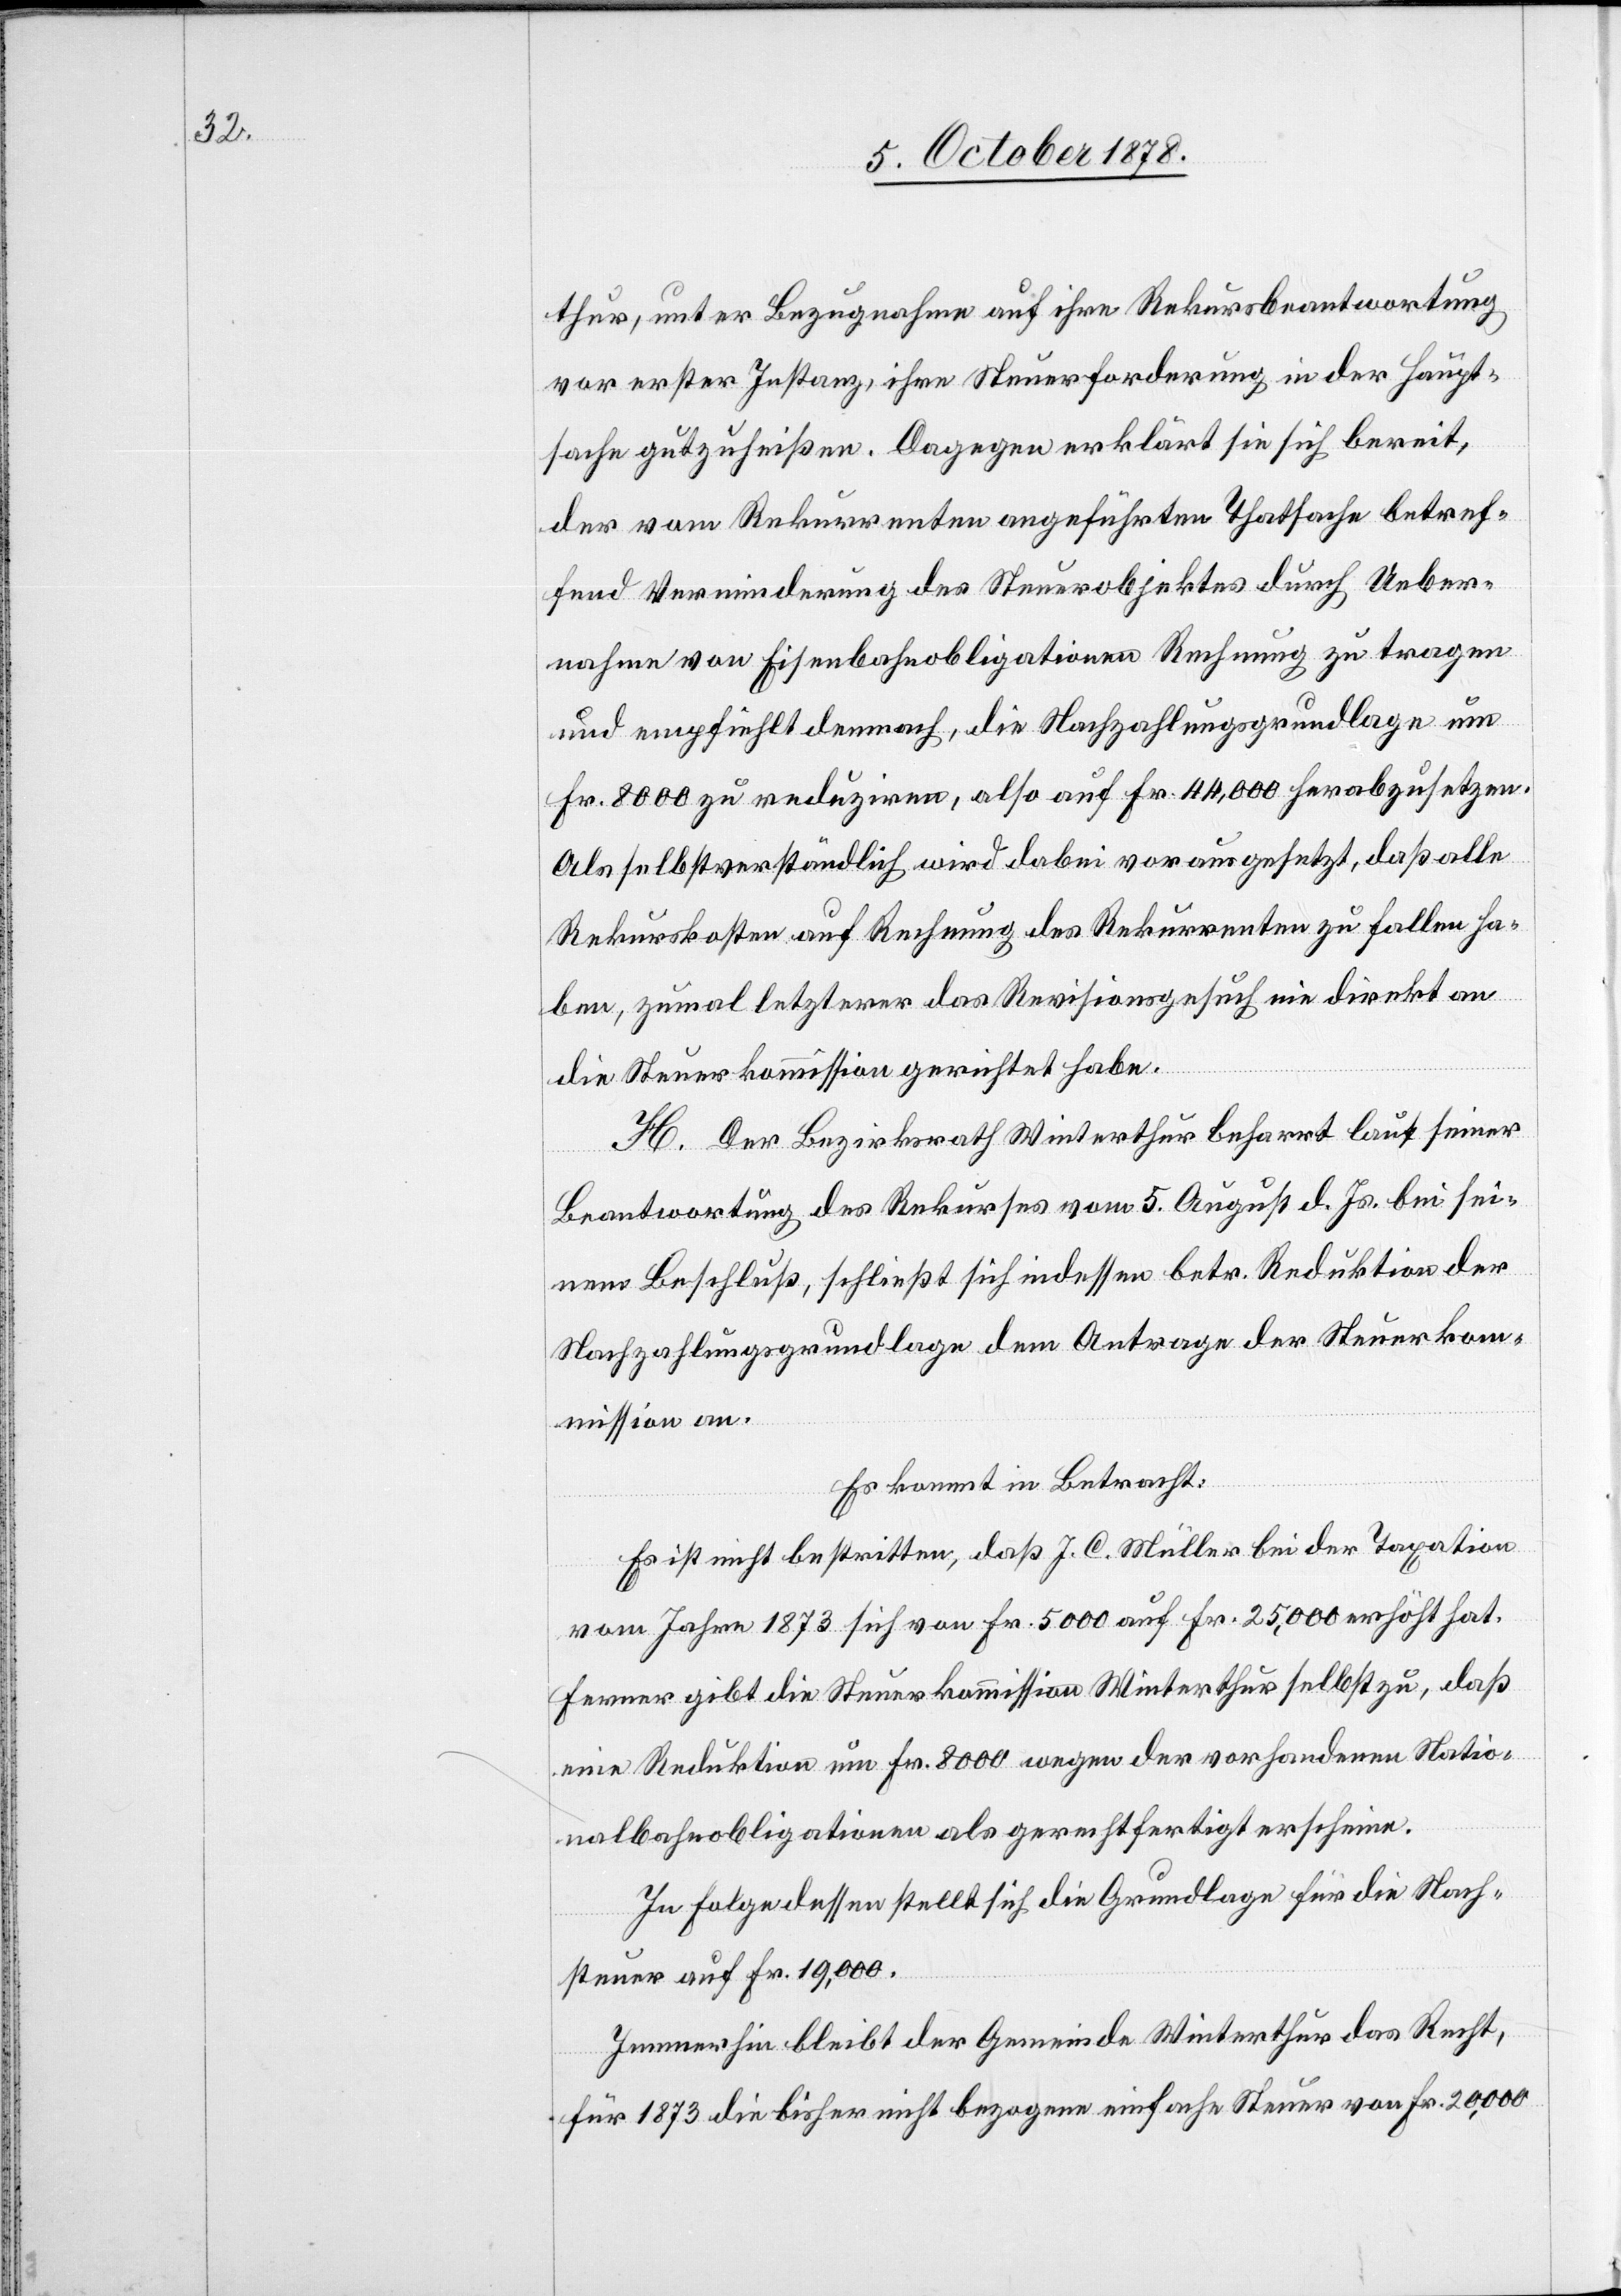
thur, unter Bezugnahme auf ihre Rekursbeantwortung
vor erster Instanz, ihre Steuerforderung in der Haupt¬
sache gutzuheißen. Dagegen erklärt sie sich bereit,
der vom Rekurrenten angeführten Thatsache betref¬
fend Verminderung des Steuerobjektes durch Ueber¬
nahme von Eisenbahnobligationen Rechnung zu tragen
und empfiehlt demnach, die Nachzahlungsgrundlage um
Fr. 8000 zu reduziren, also auf Fr. 44,000 herabzusetzen.
Als selbstverständlich wird dabei vorausgesetzt, daß alle
Rekurskosten auf Rechnung des Rekurrenten zu fallen ha¬
ben, zumal letzterer das Revisionsgesuch nie direkt an
die Steuerkommission gerichtet habe.
H. Der Bezirksrath Winterthur beharrt laut seiner
Beantwortung des Rekurses vom 5. August d. Js. bei sei¬
nem Beschluß, schließt sich indessen betr. Reduktion der
Nachzahlungsgrundlage dem Antrage der Steuerkom¬
mission an.
Es kommt in Betracht:
Es ist nicht bestritten, daß J. C. Müller bei der Taxation
vom Jahre 1873 sich von Fr. 5000 auf Fr. 25,000 erhöht hat.
Ferner gibt die Steuerkommission Winterthur selbst zu, daß
eine Reduktion um Fr. 8000 wegen der vorhandenen Natio¬
nalobligationen als gerechtfertigt erscheine.
In Folge dessen stellt sich die Grundlage für die Nach¬
steuer auf Fr. 19,000.
Immerhin bleibt der Gemeinde Winterthur das Recht,
für 1873 die bisher nicht bezogene einfache Steuer von Fr. 20,000